画像に写った文字を読んでください
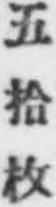
「五拾枚」と書いてあります